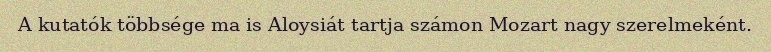
A kutatók többsége ma is Aloysiát tartja számon Mozart nagy szerelmeként.